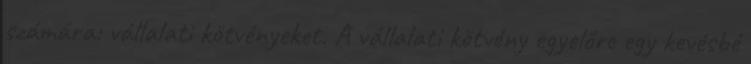
számára: vállalati kötvényeket. A vállalati kötvény egyelőre egy kevésbé